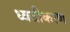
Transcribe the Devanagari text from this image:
ध्वजीकरण